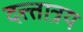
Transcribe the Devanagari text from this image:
दत्त्त्तात्रय